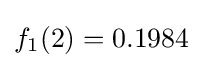
f_{1}(2)=0.1984